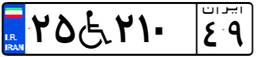
۲۵W۲۱۰۴۹